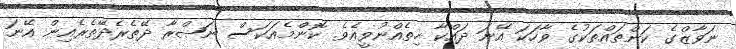
ނަވާޒްގެ ކަންތައްތަކުގެ ވާހަކަ އޭނަ ދައްކާ ހިތެއްނުވީއެވެ. ކޮންމެއަކަސް ނަޞްރާ ދޭތެރެދޭތެރެއިން އޭނަ